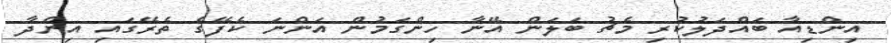
އިންޑިއާ ބައްދަލުކުރި މެޗު ބަލަން އޭނާ ހިންގަމުން އަންނަ ކެފޭގެ ތެރޭގައި އިންދާ